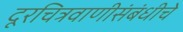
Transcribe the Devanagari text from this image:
दूरचित्रवाणीसंबंधीचे